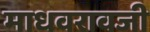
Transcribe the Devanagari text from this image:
माधवरावजी